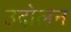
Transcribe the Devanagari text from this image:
उदोलन